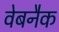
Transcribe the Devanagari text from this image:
वेबनैक